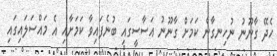
ހެދޭ ގާނޫނު ނުހިނގާނެ ކަމަށް ގާނޫނު އަސާސީގައި ބުނެފައިވާ ކަމަށާއި އެ މައްސަލައިގައި